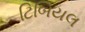
ટિબિયલ